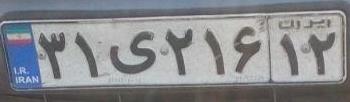
۳۱ی۲۱۶۱۲